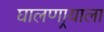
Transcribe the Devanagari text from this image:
घालणार्‍याला